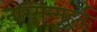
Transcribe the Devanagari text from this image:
तस्मिन्मुहूर्ते